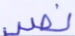
نصير